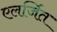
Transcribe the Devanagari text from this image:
एलर्जित